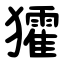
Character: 㺢